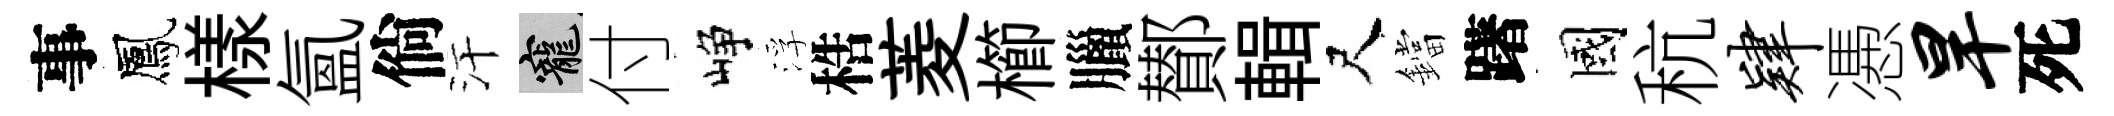
事鳳樣氳倘汗寵付峥浮梏菱櫛臘鄼輯尺鐺躇國秔肄慿旱死